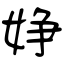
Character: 婙